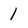
Character: 1